Leaving Certificate Examination, 1916
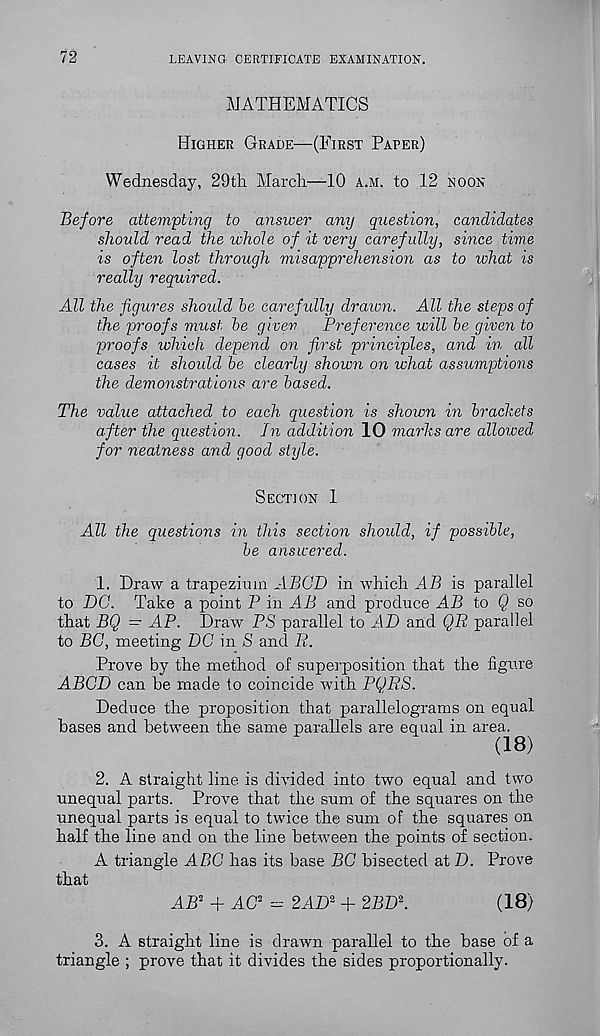
72
LEAVING CERTIFICATE EXAMINATION.
MATHEMATICS
Higher Grade—(First Parer)
Wednesday, 29th March—10 a.m. to 12 noon
Before attempting to answer any question, candidates
should read the whole of it very carefully, since time
is often lost through misapprehension as to what is
really required.
All the figures should be carefully drawn. All the steps of
the proofs must be given
Preference will be given to
proofs which depend on first principles, and in all
cases it should be clearly shown on what assumptions
the demonstrations are based.
The value attached to each question is shown in brackets
after the question. In addition 10 marks are allowed
for neatness and good style.
Section 1
All the questions in this section should, if possible,
be answered.
1. Draw a trapezium ABCD in which AB is parallel
to DC. Take a point P in AB and produce AB to Q so
that BQ - AP. Draw PS parallel to AD and QR parallel
to BC, meeting DC in S and R.
Prove by the method of superposition that the figure
ABCD can he made to coincide with PQRS.
Deduce the proposition that parallelograms on equal
bases and between the same parallels are equal in area.
(18)
2. A straight line is divided into two equal and two
unequal parts. Prove that the sum of the squares on the
unequal parts is equal to twice the sum of the squares on
half the line and on the line between the points of section.
A triangle ABC has its base BC bisected at D. Prove
that
AB 2 + AC 2 = 2AD 2 + 2BD 2 .
(18)
3. A straight line is drawn parallel to the base of a
triangle ; prove that it divides the sides proportionally.